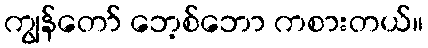
ကျွန်တော် ဘေ့စ်ဘော ကစားတယ်။